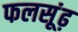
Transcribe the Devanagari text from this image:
फलसूंढ़